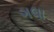
ગલા